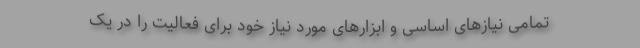
تمامی نیازهای اساسی و ابزارهای مورد نیاز خود برای فعالیت را در یک